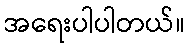
အရေးပါပါတယ်။